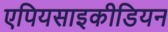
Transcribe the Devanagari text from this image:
एपियसाइकीडियन